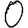
Digit: 0